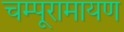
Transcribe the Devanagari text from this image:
चम्पूरामायण